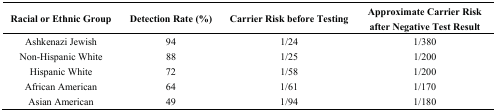
<table><thead><tr><td><b>Racial or Ethnic Group</b></td><td><b>Detection Rate (%)</b></td><td><b>Carrier Risk before Testing</b></td><td><b>Approximate Carrier Risk after Negative Test Result</b></td></tr></thead><tbody><tr><td>Ashkenazi Jewish</td><td>94</td><td>1/24</td><td>1/380</td></tr><tr><td>Non-Hispanic White</td><td>88</td><td>1/25</td><td>1/200</td></tr><tr><td>Hispanic White</td><td>72</td><td>1/58</td><td>1/200</td></tr><tr><td>African American</td><td>64</td><td>1/61</td><td>1/170</td></tr><tr><td>Asian American</td><td>49</td><td>1/94</td><td>1/180</td></tr></tbody></table>